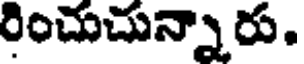
రించుచున్నారు.